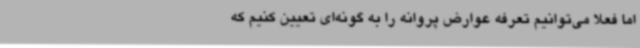
اما فعلا می‌توانیم تعرفه عوارض پروانه را به گونه‌ای تعیین کنیم که